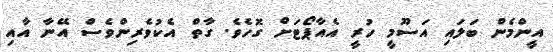
އީންމެން ބަލައި އަސޫމީ ހުރީ އެއާޕޯޓަށް ގޮހެވެ. ގާތް އެކުވެރިންވެސް އޭނާ އާއި